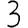
Digit: 3